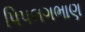
પિપલગભાણ